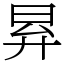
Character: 昪